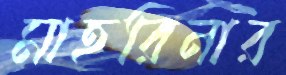
মাহরিনার